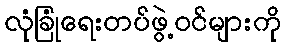
လုံခြုံရေးတပ်ဖွဲ့ဝင်များကို